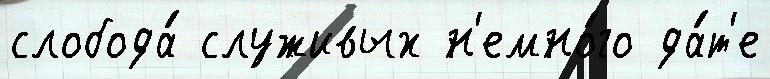
слобода́ служивых н'емно́го да́т'е